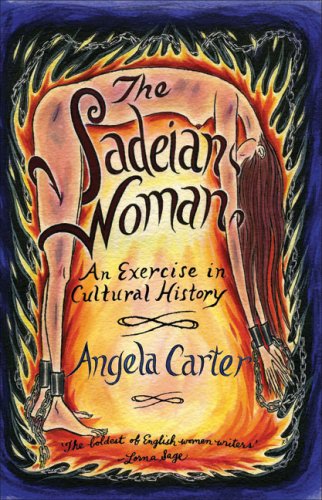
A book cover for The Sadeian Woman: An Exercise in Cultural History; Angela Carter; Literature & Fiction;